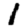
Digit: 1